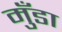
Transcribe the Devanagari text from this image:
मुँडा